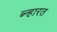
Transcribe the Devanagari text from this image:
ब्न्हारत